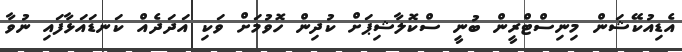
އެޑިއުކޭޝަން މިނިސްޓްރީން ބުނީ ސްކޮލާޝިޕަށް ކުދިން ހޮވުމަށް ވަކި އަދަދެއް ކަނޑައަޅާފައި ނުވާ